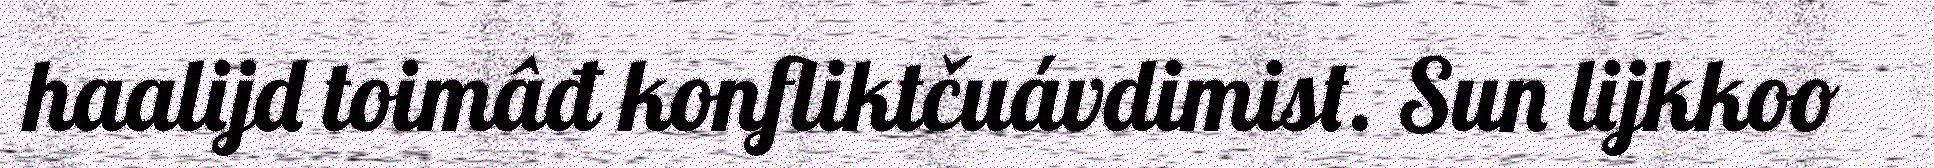
haalijd toimâđ konfliktčuávdimist. Sun lijkkoo